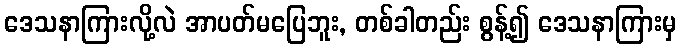
ဒေသနာကြားလို့လဲ အာပတ်မပြေဘူး, တစ်ခါတည်း စွန့်၍ ဒေသနာကြားမှ